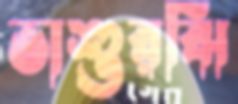
ভাশুরঝি